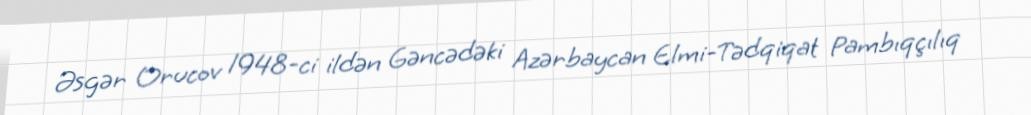
Əsgər Orucov 1948-ci ildən Gəncədəki Azərbaycan Elmi-Tədqiqat Pambıqçılıq